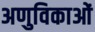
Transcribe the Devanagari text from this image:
अणुविकाओं